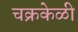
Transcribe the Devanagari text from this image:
चक्रकेळी